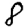
Digit: 8